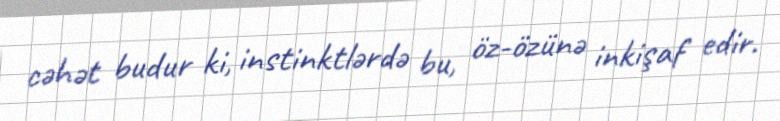
cəhət budur ki, instinktlərdə bu, öz-özünə inkişaf edir.